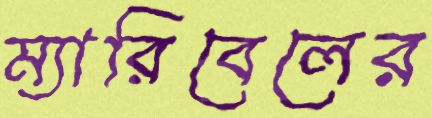
ম্যারিবেলের